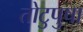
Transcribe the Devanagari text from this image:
तोटुपुषा